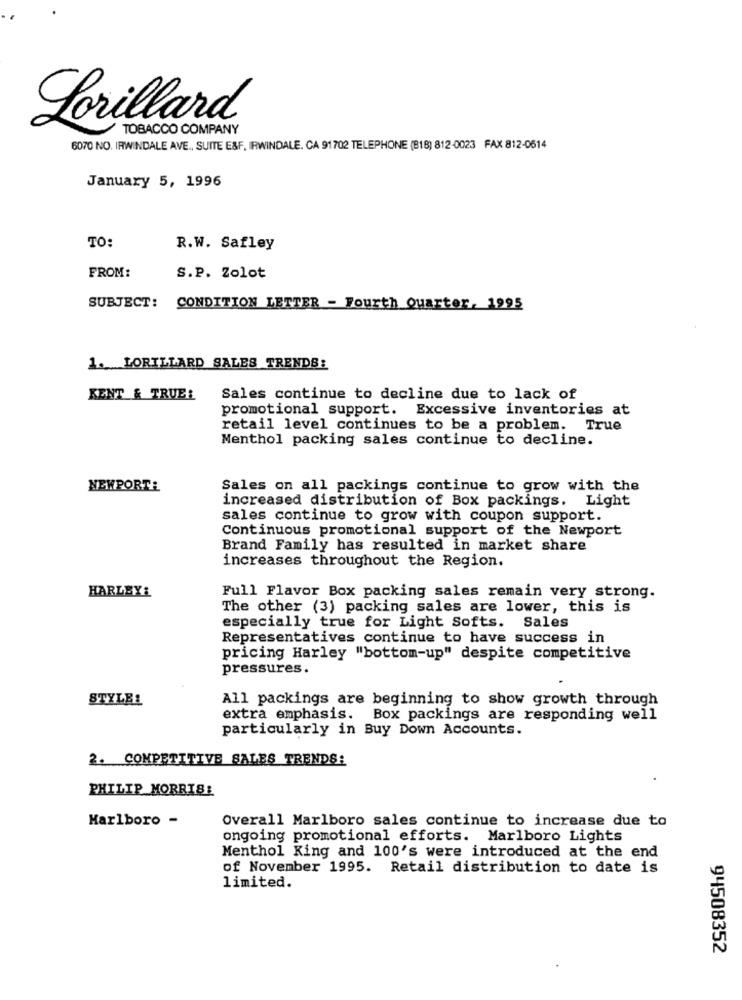
Lorillard
TOBACCO COMPANY
6070 NO. IRWINDALE AVE ., SUITE E&F. IRWINDALE. CA 91702 TELEPHONE (818) 812-0023 FAX 812-0514
January 5, 1996
TO:
R.W. Safley
FROM:
S.P. Zolot
SUBJECT: CONDITION LETTER - Fourth Quarter, 1995
1. LORILLARD SALES TRENDS:
KENT & TRUEL
Sales continue to decline due to lack of
promotional support. Excessive inventories at
retail level continues to be a problem. True
Menthol packing sales continue to decline.
NEWPORT!
Sales on all packings continue to grow with the
increased distribution of Box packings. Light
sales continue to grow with coupon support.
Continuous promotional support of the Newport
Brand Family has resulted in market share
increases throughout the Region.
HARLEY:
Full Flavor Box packing sales remain very strong.
The other (3) packing sales are lower, this is
especially true for Light Softs. Sales
Representatives continue to have success in
pricing Harley "bottom-up" despite competitive
pressures.
STYLBL
All packings are beginning to show growth through
extra emphasis. Box packings are responding well
particularly in Buy Down Accounts.
2. COMPETITIVE SALES TRENDS:
PHILIP MORRIS!
Marlboro -
Overall Marlboro sales continue to increase due to
ongoing promotional efforts. Marlboro Lights
Menthol King and 100's were introduced at the end
of November 1995. Retail distribution to date is
limited.
94508352